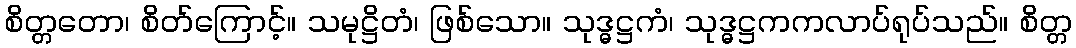
စိတ္တတော၊ စိတ်ကြောင့်။ သမုဋ္ဌိတံ၊ ဖြစ်သော။ သုဒ္ဓဋ္ဌကံ၊ သုဒ္ဓဋ္ဌကကလာပ်ရုပ်သည်။ စိတ္တ